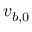
v _ { b , 0 }